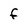
Character: f